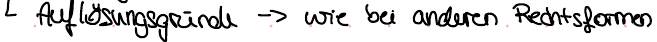
Auflösungsgründe -> wie bei anderen Rechtsformen